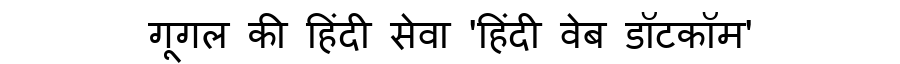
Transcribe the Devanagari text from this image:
गूगल की हिंदी सेवा 'हिंदी वेब डॉटकॉम'